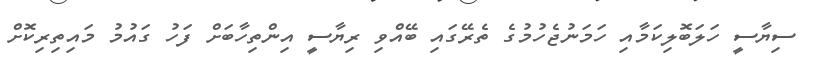
ސިޔާސީ ހަލަބޮލިކަމާއި ހަމަނުޖެހުމުގެ ތެރޭގައި ބޭއްވި ރިޔާސީ އިންތިހާބަށް ފަހު ގައުމު މައިތިރިކޮށް